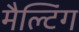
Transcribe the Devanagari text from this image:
मैल्टिंग